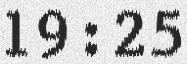
19:25